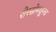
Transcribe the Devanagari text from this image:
रोस्सोमधूनच